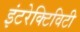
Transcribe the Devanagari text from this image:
इंटरेक्टिविटी